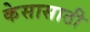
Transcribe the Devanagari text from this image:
केसासाठी